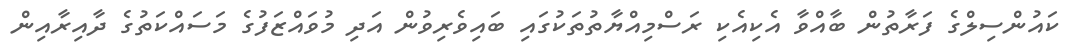
ކައުންސިލްގެ ފަރާތުން ބާއްވާ އެކިއެކި ރަސްމިއްޔާތުތަކުގައި ބައިވެރިވުން އަދި މުވައްޒަފުގެ މަސައްކަތުގެ ދާއިރާއިން